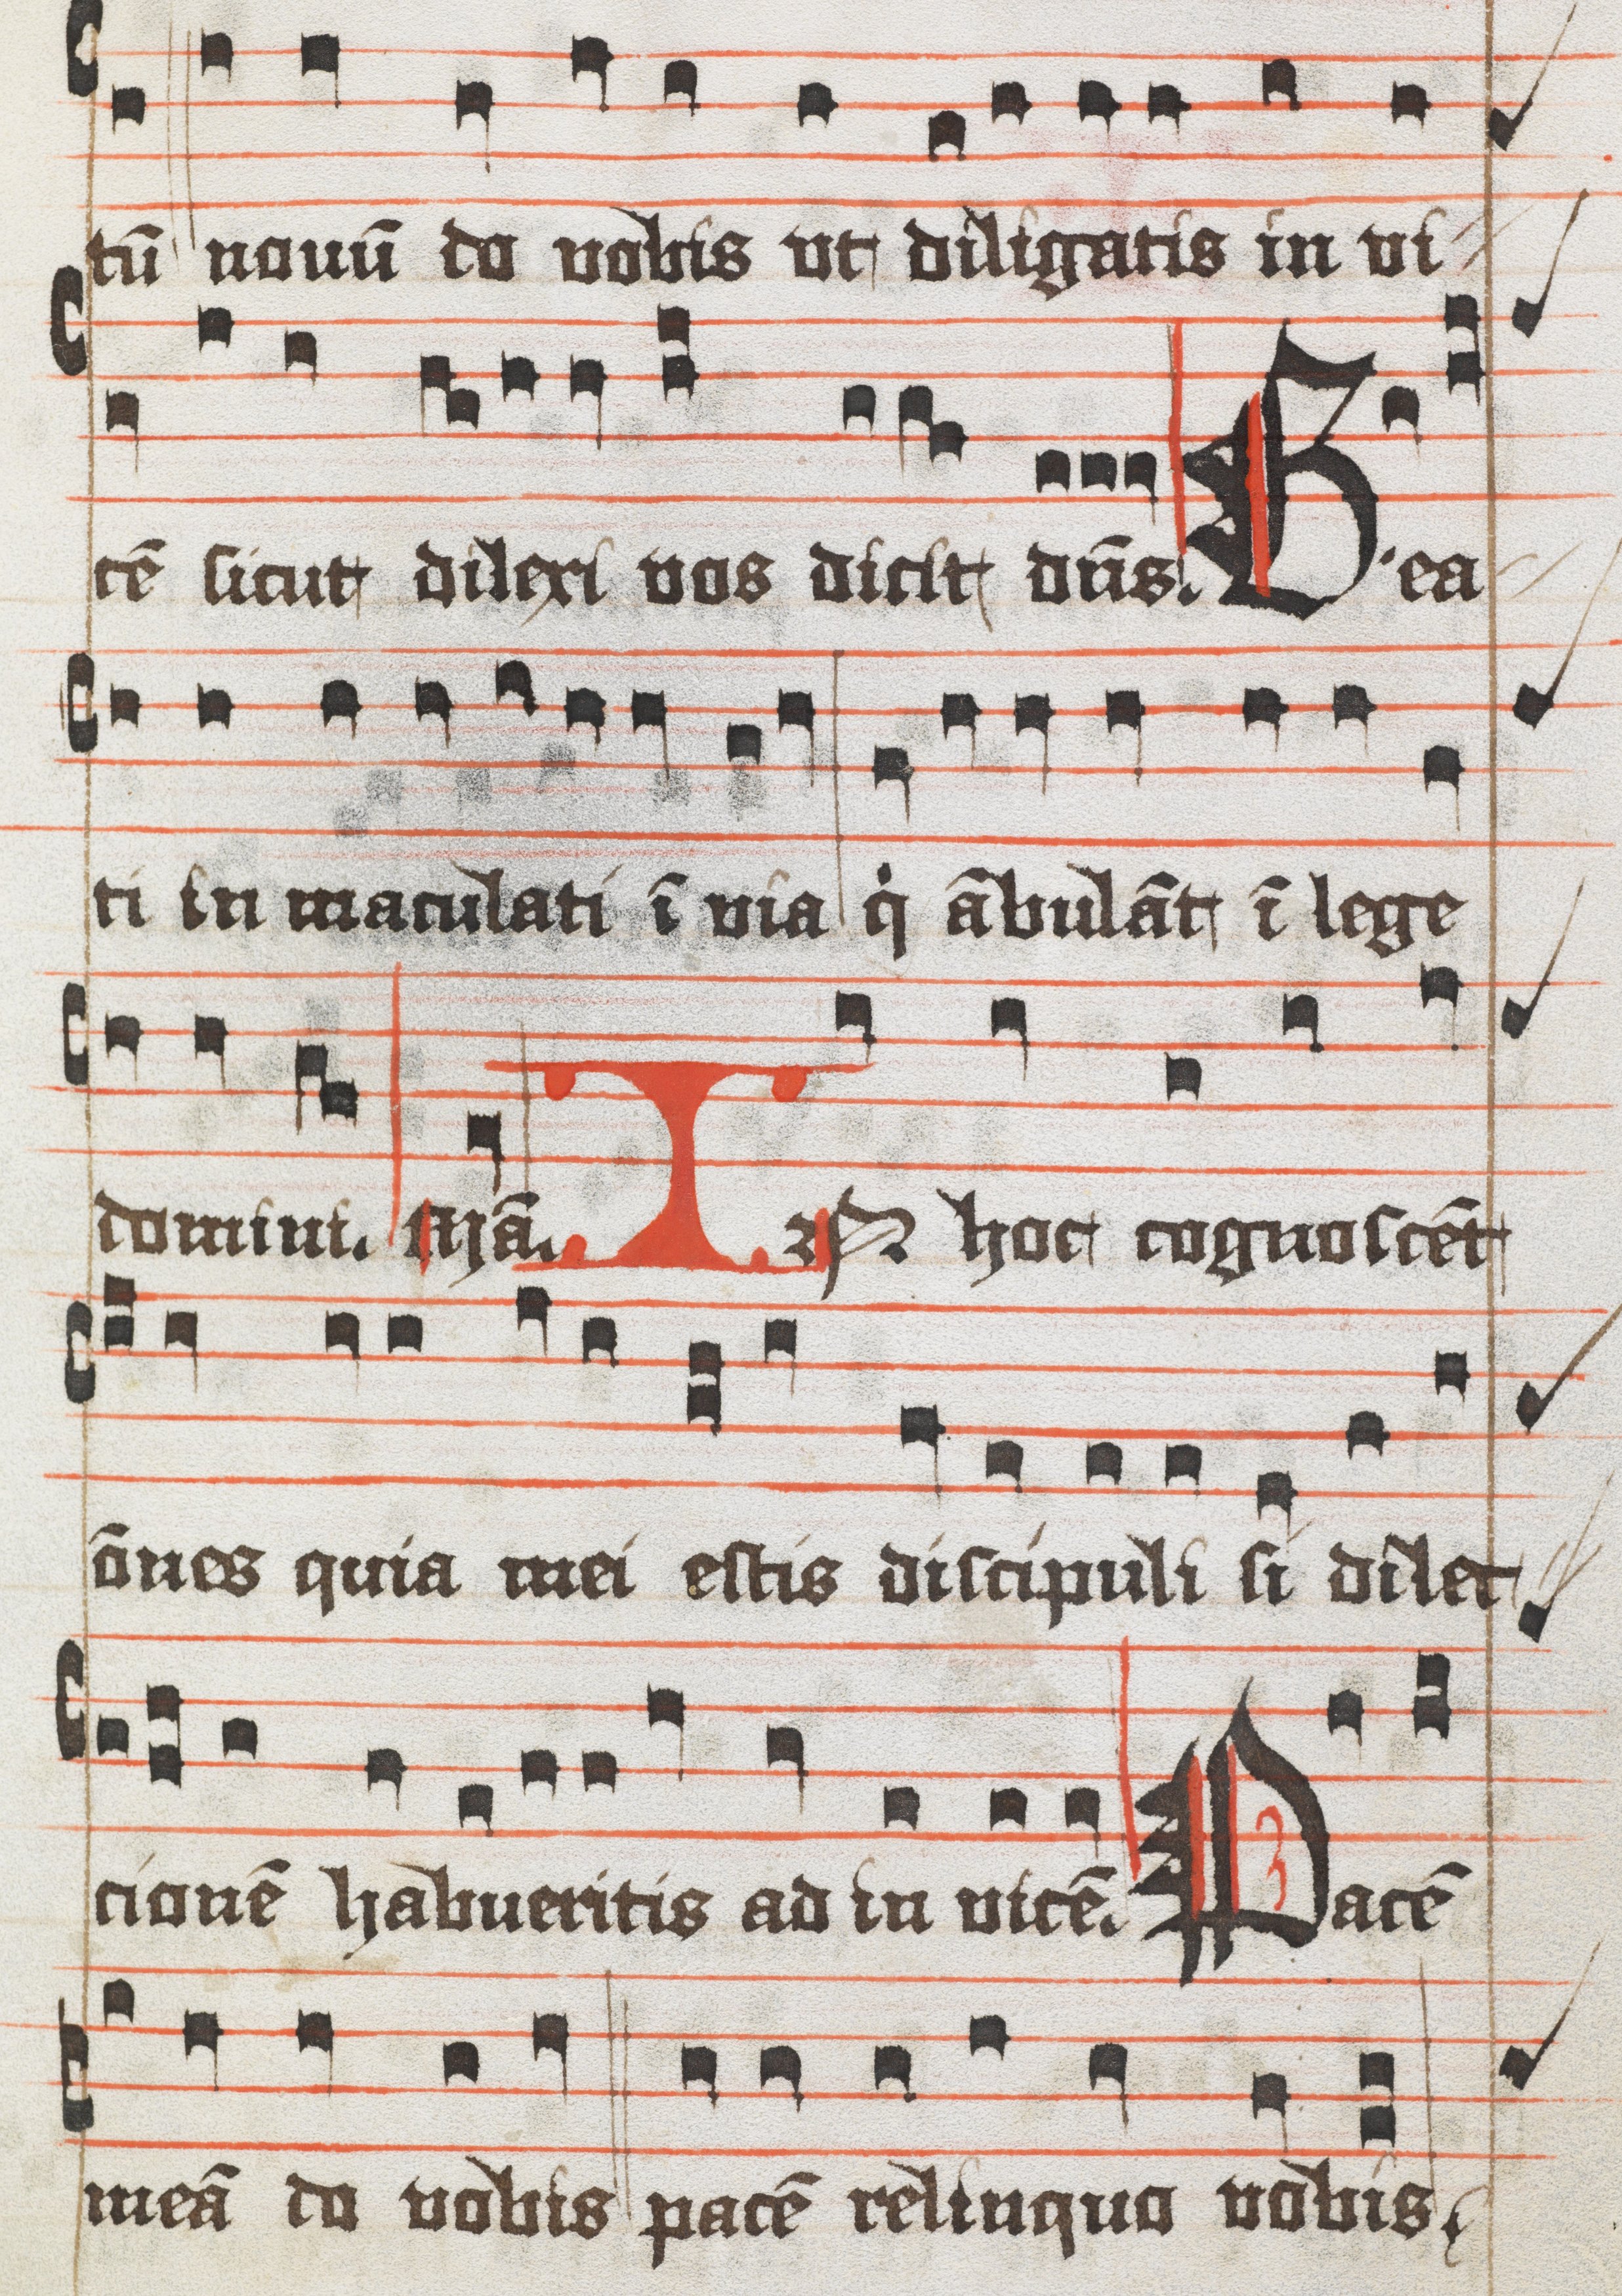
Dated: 1400–1499